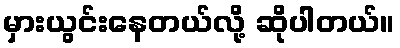
မှားယွင်းနေတယ်လို့ ဆိုပါတယ်။